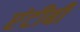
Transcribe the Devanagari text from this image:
एंटीबी